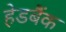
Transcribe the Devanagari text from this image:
हेडबैंक